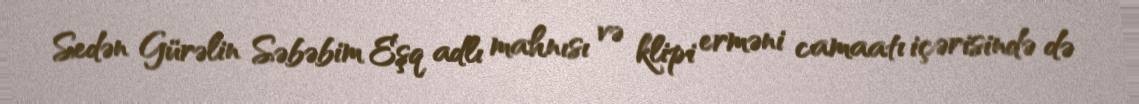
Sedən Gürəlin Səbəbim Eşq adlı mahnısı və klipi erməni camaatı içərisində də